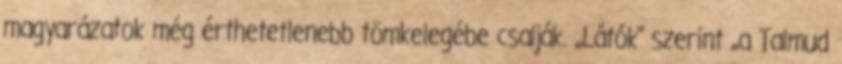
magyarázatok még érthetetlenebb tömkelegébe csalják. ,,Látók" szerint ,,a Talmud